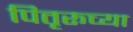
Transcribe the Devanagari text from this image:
पितृरूच्या